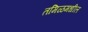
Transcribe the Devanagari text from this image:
तमिळमधील